Indian journal of veterinary science and animal husbandry - Volume 2,
Year: 1932
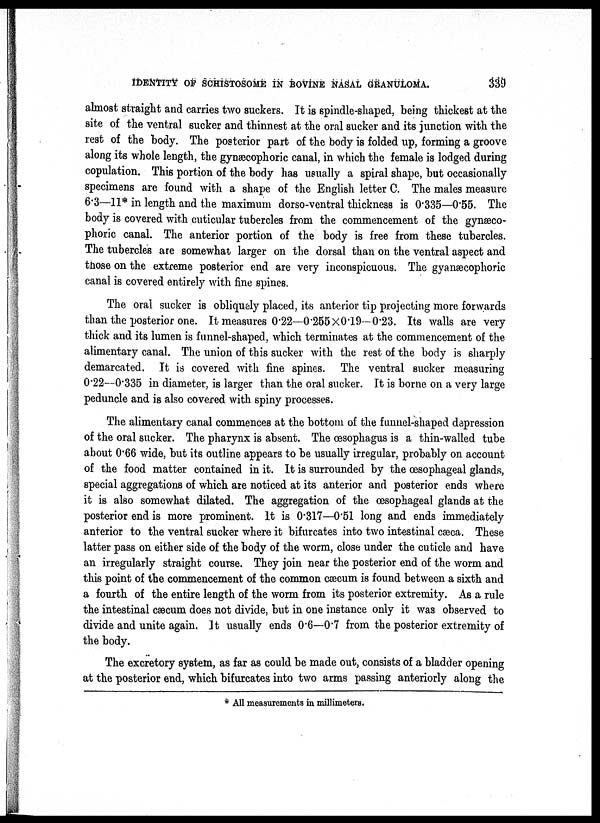
IDENTITY OF SCHISTOSOME IN BOVINE NASAL GRANULOMA.
339
almost straight and carries two suckers. It is spindle-shaped, being thickest at the
site of the ventral sucker and thinnest at the oral sucker and its junction with the
rest of the body. The posterior part of the body is folded up, forming a groove
along its whole length, the gynæcophoric canal, in which the female is lodged during
copulation. This portion of the body has usually a spiral shape, but occasionally
specimens are found with a shape of the English letter C. The males measure
6.3—11* in length and the maximum dorso-ventral thickness is 0.335—0.55. The
body is covered with cuticular tubercles from the commencement of the gynæco¬
phoric canal. The anterior portion of the body is free from these tubercles.
The tubercles are somewhat; larger on the dorsal than on the ventral aspect and
those on the extreme posterior end are very inconspicuous. The gyanæcophoric
canal is covered entirely with fine spines.
The oral sucker is obliquely placed, its anterior tip projecting more forwards
than the posterior one. It measures 0.22—0.255 × 0.19—0.23. Its walls are very
thick and its lumen is funnel-shaped, which terminates at the commencement of the
alimentary canal. The union of this sucker with the rest of the body is sharply
demarcated. It is covered with fine spines. The ventral sucker measuring
0.22—0.335 in diameter, is larger than the oral sucker. It is borne on a very large
peduncle and is also covered with spiny processes.
The alimentary canal commences at the bottom of the funnel-shaped depression
of the oral sucker. The pharynx is absent. The œsophagus is a thin-walled tube
about 0.66 wide, but its outline appears to be usually irregular, probably on account
of the food matter contained in it. It is surrounded by the œsophageal glands,
special aggregations of which are noticed at its anterior and posterior ends where
it is also somewhat dilated. The aggregation of the œsophageal glands at the
posterior end is more prominent. It is 0.317—0.51 long and ends immediately
anterior to the ventral sucker where it bifurcates into two intestinal cæca. These
latter pass on either side of the body of the worm, close under the cuticle and have
an irregularly straight course. They join near the posterior end of the worm and
this point of the commencement of the common cæcum is found between a sixth and
a fourth of the entire length of the worm from its posterior extremity. As a rule
the intestinal cæcum does not divide, but in one instance only it was observed to
divide and unite again. It usually ends 0.6—0.7 from the posterior extremity of
the body.
The excretory system, as far as could be made out, consists of a bladder opening
at the posterior end, which bifurcates into two arms passing anteriorly along the
* All measurements in millimeters.